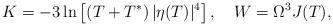
LaTeX: \begin{align*}K=-3\ln \left[(T+T^{*})\, |\eta(T)|^4\right],\quad W=\Omega^3 J(T),\end{align*}